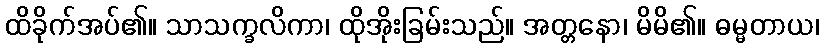
ထိခိုက်အပ်၏။ သာသက္ခလိကာ၊ ထိုအိုးခြမ်းသည်။ အတ္တနော၊ မိမိ၏။ ဓမ္မတာယ၊